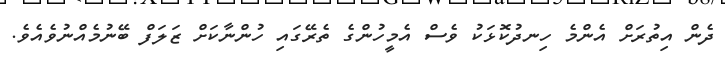
ދެން އިތުރަށް އެންމެ ހިނދުކޮޅަކު ވެސް އެމީހުންގެ ތެރޭގައި ހުންނާކަށް ޒަލަފް ބޭނުމެއްނުވެއެވެ.